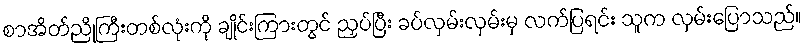
စာအိတ်ညိုကြီးတစ်လုံးကို ချိုင်းကြားတွင် ညှပ်ပြီး ခပ်လှမ်းလှမ်းမှ လက်ပြရင်း သူက လှမ်းပြောသည်။